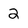
Character: 2